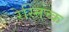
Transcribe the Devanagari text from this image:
रेस्निच्क